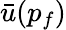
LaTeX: {\bar{u}}(p_{f})